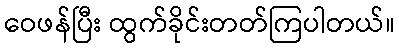
ဝေဖန်ပြီး ထွက်ခိုင်းတတ်ကြပါတယ်။